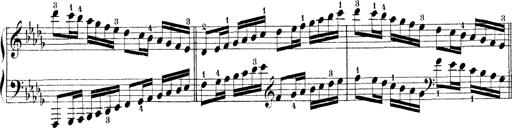
Title: Technische Studien
Composer: Franz Liszt